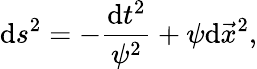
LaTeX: \mathrm{d}s^{2}=-\frac{{\mathrm{d}t^{2}}}{{\psi^{2}}}+\psi\mathrm{d}\vec{{x}}^{2},